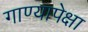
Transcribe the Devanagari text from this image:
गाण्यापेक्षा